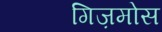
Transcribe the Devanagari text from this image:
गिज़मोस